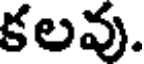
కలవు.